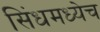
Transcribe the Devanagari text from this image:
सिंधमध्येच